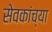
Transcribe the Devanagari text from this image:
सेवकांच्या